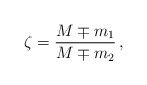
\begin{align*}\zeta=\frac{M \mp m_1}{M \mp m_2}\,,\end{align*}